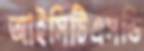
আইসিটিএসডি